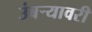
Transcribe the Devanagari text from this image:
उंबर्‍यावरी